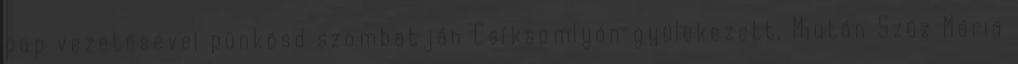
pap vezetésével pünkösd szombatján Csíksomlyón gyülekezett. Miután Szűz Mária